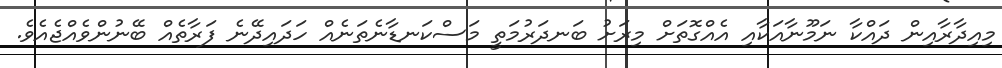
މިއިދާރާއިން ދައްކާ ނަމޫނާއަކާއި އެއްގޮތަށް މިރަށު ބަނދަރުމަތީ މަސްކަނޑާނެތަނެއް ހަދައިދޭނެ ފަރާތެއް ބޭނުންވެއްޖެއެވެ.